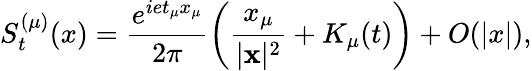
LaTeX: S_{t}^{(\mu)}(x)=\frac{e^{iet_{\mu}x_{\mu}}}{2\pi}\left(\frac{x_{\mu}}{|{\mathbf x}|^{2}}+K_{\mu}(t)\right)+O(|x|),